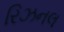
રિઝનલ